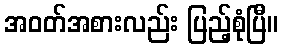
အဝတ်အစားလည်း ပြည့်စုံပြီ။